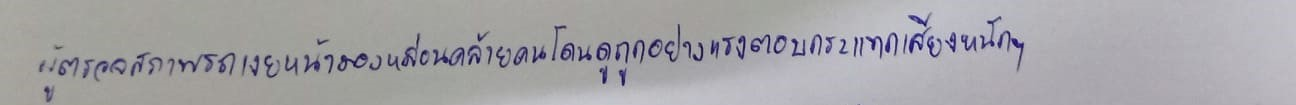
ผู้ตรวจสภาพรถเงยหน้ามองหล่อนคล้ายคนโดนดูถูกอย่างแรงตอบกระแทกเสียงหนักๆ